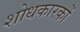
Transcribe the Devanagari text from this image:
शोधकारकों